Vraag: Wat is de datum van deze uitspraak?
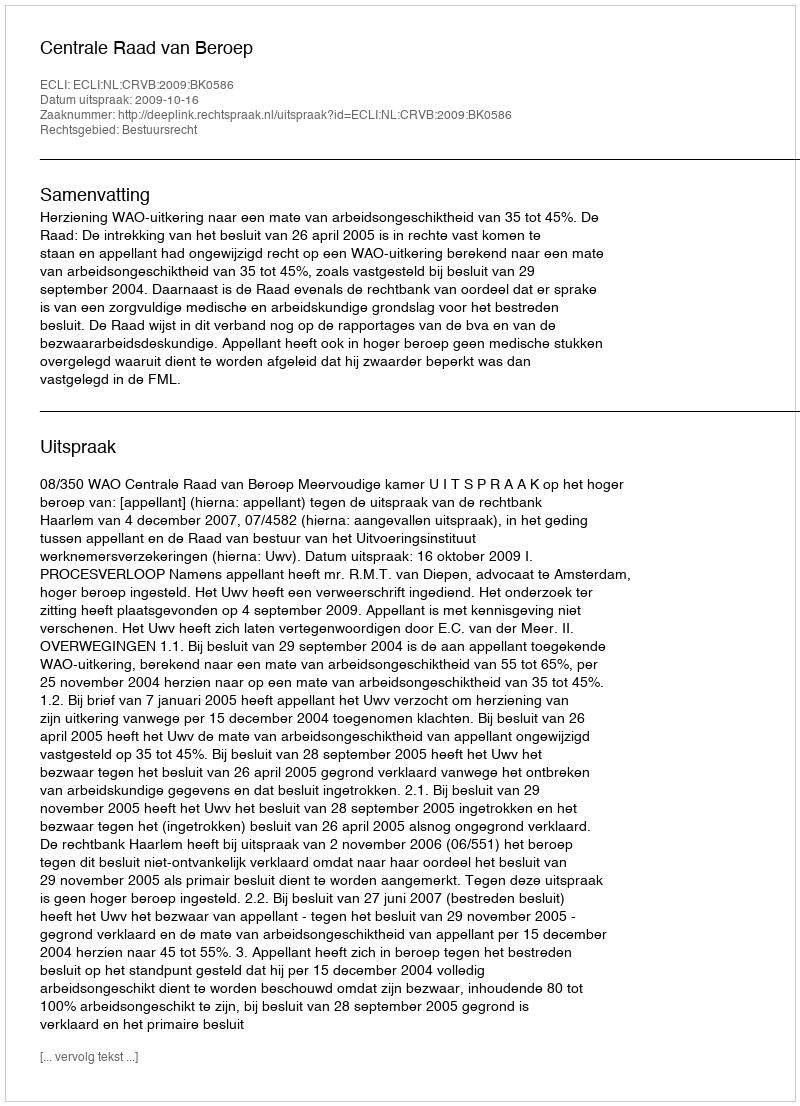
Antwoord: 2009-10-16